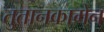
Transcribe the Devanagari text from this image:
तुतानकामेन